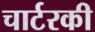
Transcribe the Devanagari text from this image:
चार्टरकी